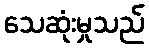
သေဆုံးမှုသည်